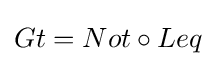
Gt=Not\circ Leq